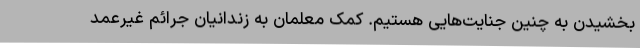
بخشیدن به چنین جنایت‌هایی هستیم. کمک معلمان به زندانیان جرائم غیرعمد